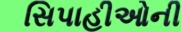
સિપાહીઓની